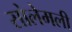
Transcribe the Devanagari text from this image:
सोलेमली